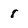
Character: 8